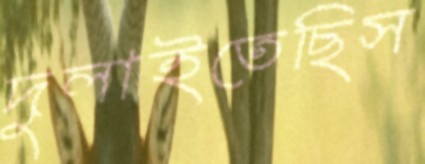
দুলাইতেছিস